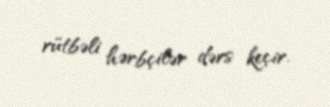
rütbəli hərbçilər dərs keçir.